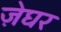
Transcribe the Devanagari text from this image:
ज़ेघर